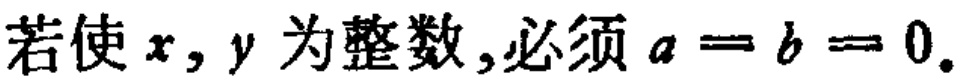
若使\(x,y\)为整数,必须\(a = b = 0\)。